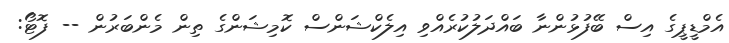
އެމްޑީޕީގެ އިސް ބޭފުޅުންނާ ބައްދަލުކުރެއްވި އިލެކްޝަންސް ކޮމިޝަންގެ ތިން މެންބަރުން -- ފޮޓޯ: